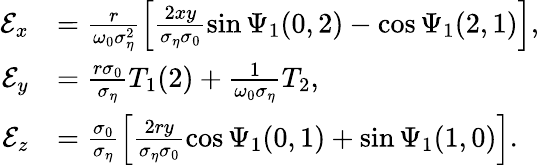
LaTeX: \begin{array}{rl}{\mathcal{E}_{x}}&{=\frac{r}{\omega_{0}\sigma_{\eta}^{2}}\left[\frac{2xy}{\sigma_{\eta}\sigma_{0}}\sin\Psi_{1}(0,2)-\cos\Psi_{1}(2,1)\right],}\\ {\mathcal{E}_{y}}&{=\frac{r\sigma_{0}}{\sigma_{\eta}}T_{1}(2)+\frac{1}{\omega_{0}\sigma_{\eta}}T_{2},}\\ {\mathcal{E}_{z}}&{=\frac{\sigma_{0}}{\sigma_{\eta}}\left[\frac{2ry}{\sigma_{\eta}\sigma_{0}}\cos\Psi_{1}(0,1)+\sin\Psi_{1}(1,0)\right].}\end{array}